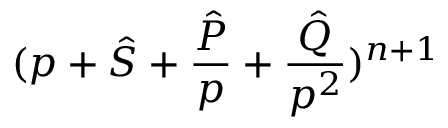
( p + { \hat { S } } + \frac { \hat { P } } { p } + \frac { \hat { Q } } { p ^ { 2 } } ) ^ { n + 1 }